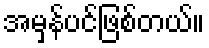
အမှန်ပင်ဖြစ်တယ်။